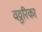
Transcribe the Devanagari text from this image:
वठ्ठरिका